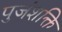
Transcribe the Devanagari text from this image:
पुजंशक्ति